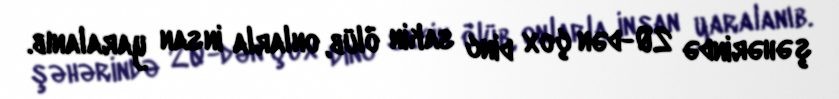
şəhərində 20-dən çox dinc sakin ölüb, onlarla insan yaralanıb.